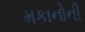
મકાનોની